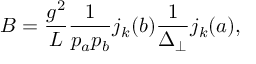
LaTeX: B = \frac { g ^ { 2 } } { L } \frac { 1 } { p _ { a } p _ { b } } j _ { k } ( b ) \frac { 1 } { \Delta _ { \perp } } j _ { k } ( a ) ,